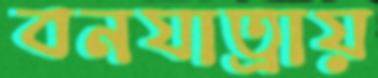
বনযাত্রায়